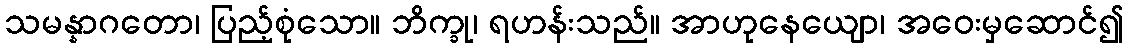
သမန္နာဂတော၊ ပြည့်စုံသော။ ဘိက္ခု၊ ရဟန်းသည်။ အာဟုနေယျော၊ အဝေးမှဆောင်၍